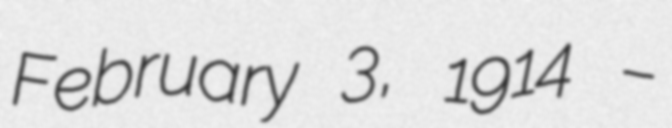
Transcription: February 3, 1914 –